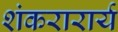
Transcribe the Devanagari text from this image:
शंकरारार्य